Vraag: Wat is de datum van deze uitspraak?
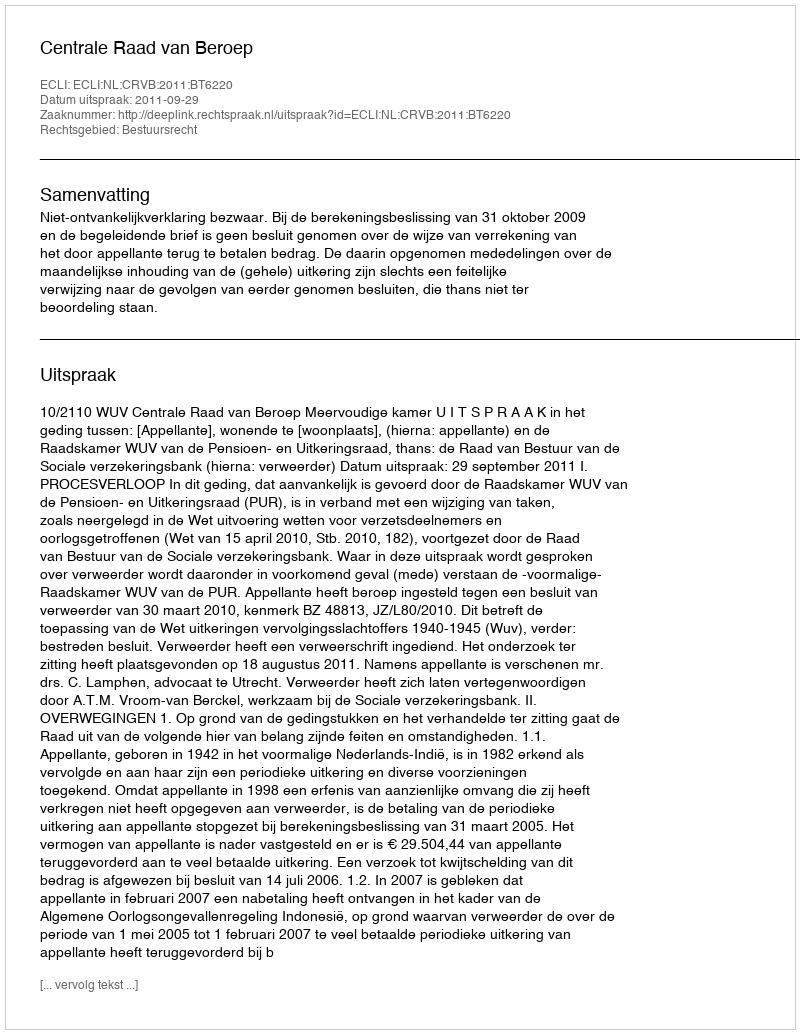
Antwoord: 2011-09-29